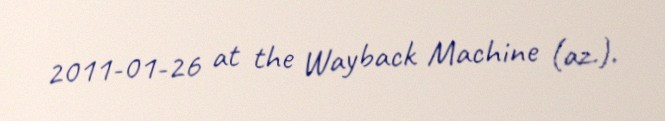
2011-01-26 at the Wayback Machine (az.).